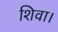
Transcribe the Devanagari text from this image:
शिवा।